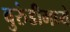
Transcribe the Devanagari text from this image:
बुरुंडीमध्ये